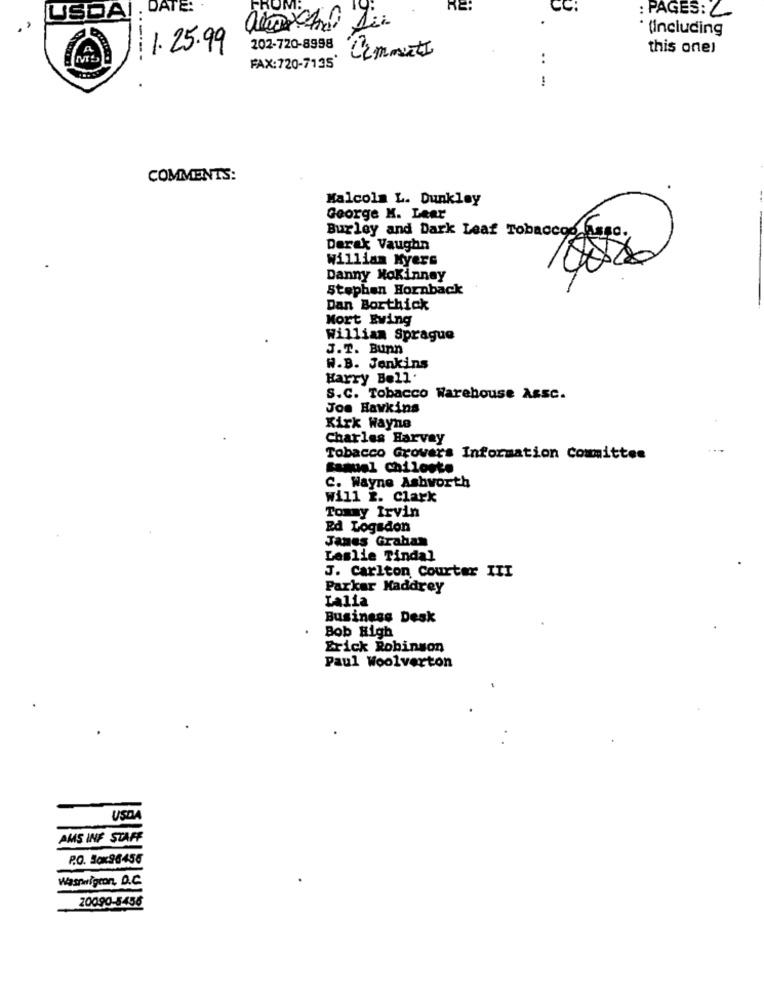
DATE:
CC:
JUSDAI :
: PAGES: 2
.,
(Including
1.25.99
202-720-8998 mmett
this one!
MO
FAX:720-7135'
:
!
COMMENTS:
Malcolm L. Dunkley
George K. Leer
Burley and Dark Leaf Tobaccos Kupo.
Derak Vaughn
William Kyers
Danny HoKinney
Stephen Hornback
Dan Borthick
Mort Eving
Willian Sprague
J.T. Bunn
W.B. Jenkins
Harry Bell.
S.C. Tobacco Warehouse Assc.
Joe Hawkins
Kirk Wayne
Charles Harvey
Tobacco Growers Information Committee
Samuel chiloste
C. Wayne Ashworth
will z. Clark
Tommy Irvin
Ed Logadon
James Graham
Leslie Tindal
J. Carlton Courter III
Parkar Kaddrey
Lalia
Business Desk
Bob High
Erick Robinson
Paul Woolverton
USO
AMS INF STAFF
P.O. Sox96456
WasHigton, D.C.
20090-5456